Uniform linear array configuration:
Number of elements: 48
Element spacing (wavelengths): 0.5
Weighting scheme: binomial
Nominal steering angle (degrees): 0
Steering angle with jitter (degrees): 0.9067
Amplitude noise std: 0.05
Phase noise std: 0.05

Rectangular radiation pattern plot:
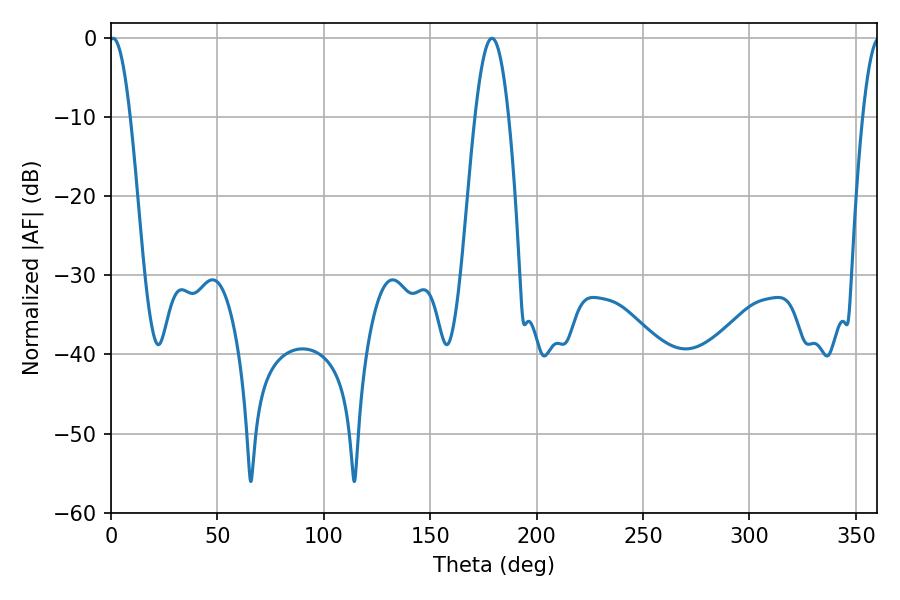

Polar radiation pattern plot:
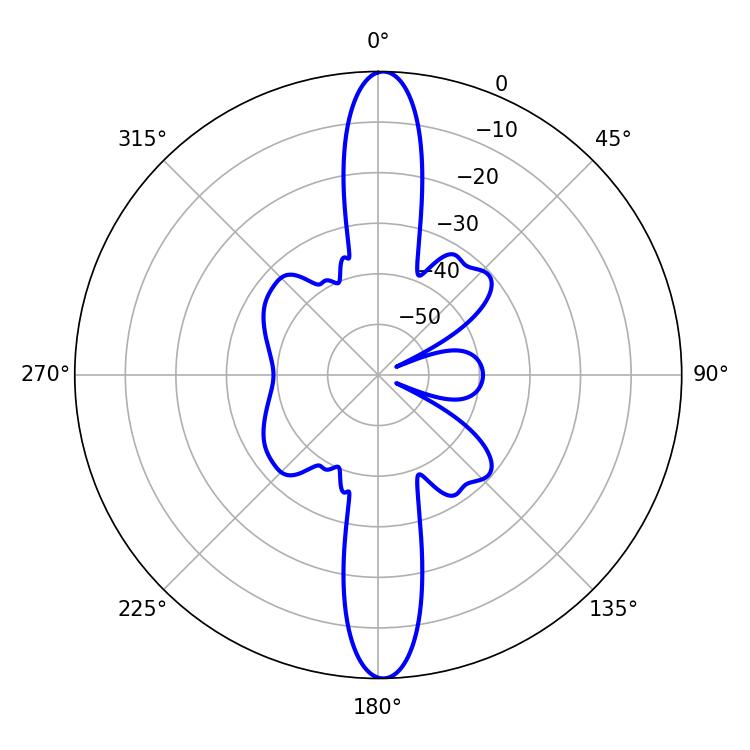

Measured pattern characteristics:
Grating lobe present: FALSE
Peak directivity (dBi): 25.19
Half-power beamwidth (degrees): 8.46
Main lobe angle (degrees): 178.92